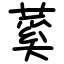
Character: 蒵